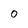
Character: o